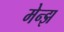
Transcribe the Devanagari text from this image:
मेन्झ